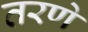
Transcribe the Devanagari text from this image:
तरणे